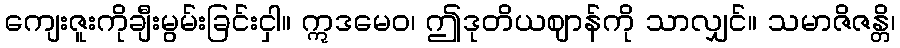
ကျေးဇူးကိုချီးမွမ်းခြင်းငှါ။ ဣဒမေဝ၊ ဤဒုတိယဈာန်ကို သာလျှင်။ သမာဇိဇန္တိ၊